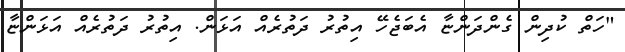
"ހަތް ކުދިން ގެންދަންޏާ އެބަޖެހޭ އިތުރު ދަތުރެއް އަޅަން. އިތުރު ދަތުރެއް އަޅަންޏާ